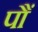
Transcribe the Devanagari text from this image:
पौं